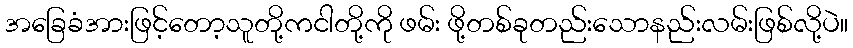
အခြေခံအားဖြင့်တော့သူတို့ကငါတို့ကို ဖမ်း ဖို့တစ်ခုတည်းသောနည်းလမ်းဖြစ်လို့ပဲ။